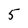
Character: 5